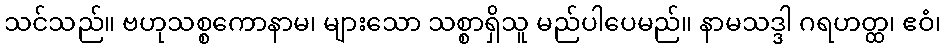
သင်သည်။ ဗဟုသစ္စကောနာမ၊ များသော သစ္စာရှိသူ မည်ပါပေမည်။ နာမသဒ္ဒါ ဂရဟတ္ထ၊ ဧဝံ၊